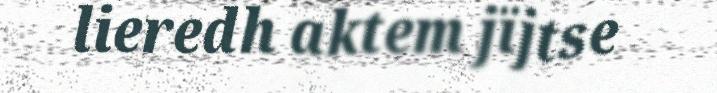
lieredh aktem jïjtse